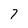
Character: 7